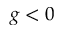
g < 0